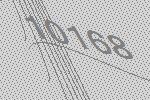
10168